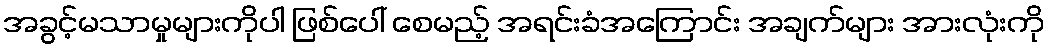
အခွင့်မသာမှုများကိုပါ ဖြစ်ပေါ် စေမည့် အရင်းခံအကြောင်း အချက်များ အားလုံးကို